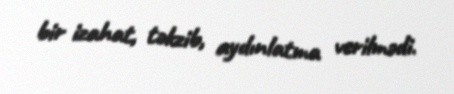
bir izahat, təkzib, aydınlatma verilmədi.